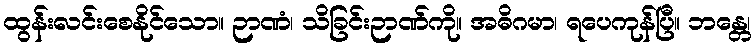
ထွန်းလင်းစေနိုင်သော။ ဉာဏံ၊ သိခြင်းဉာဏ်ကို။ အဓိဂမာ၊ ရပေကုန်ပြီ။ ဘန္တေ၊